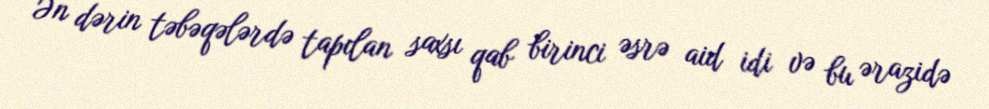
Ən dərin təbəqələrdə tapılan saxsı qab birinci əsrə aid idi və bu ərazidə